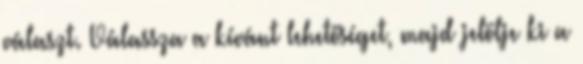
választ. Válassza a kívánt lehetőséget, majd jelölje ki a